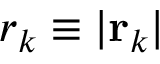
r _ { k } \equiv \vert { \bf r } _ { k } \vert